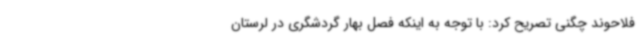
فلاحوند چگنی تصریح کرد: با توجه به اینکه فصل بهار گردشگری در لرستان